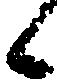
候